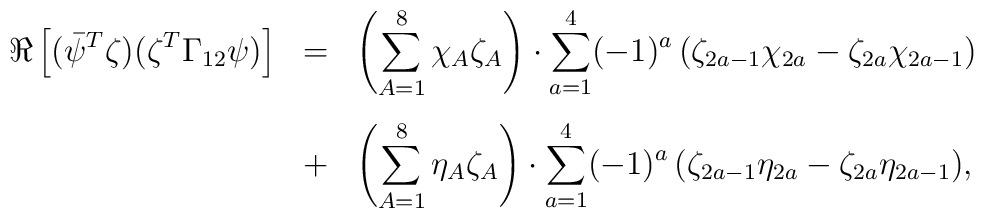
\begin{array}{lll}\displaystyle{\Re\left[(\bar{\psi}^{T}\zeta)(\zeta^{T}\Gamma_{12}\psi)\right]} & = &\displaystyle{\left(\sum_{A=1}^{8}\chi_{A}\zeta_{A}\right)\cdot\sum_{a=1}^{4}(-1)^{a}\left(\zeta_{2a-1}\chi_{2a}-\zeta_{2a}\chi_{2a-1}\right)}\vspace{.3cm}\\& + & \displaystyle{\left(\sum_{A=1}^{8}\eta_{A}\zeta_{A}\right)\cdot\sum_{a=1}^{4}(-1)^{a}\left(\zeta_{2a-1}\eta_{2a}-\zeta_{2a}\eta_{2a-1}\right)},\end{array}